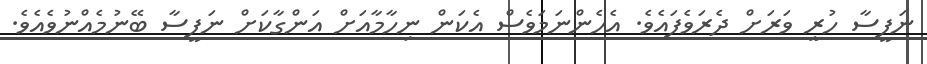
ނަފީސާ ހުރީ ވަރަށް ދެރަވެފައެވެ. އެހެންނަމަވެސް އެކަން ނިހާމާއަށް އަންގާކަށް ނަފީސާ ބޭނުމެއްނުވެއެވެ.